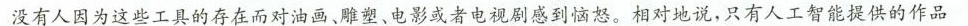
没有人因为这些工具的存在而对油画，雕塑，电影或者电视感到恼怒。相对地说，只有人工智能提供的作品